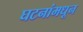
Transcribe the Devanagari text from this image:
घटनांमधून